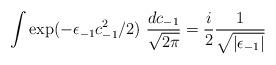
LaTeX: \begin{align*}\int \exp(- \epsilon_{-1} c_{-1}^2/2) \ {{dc_{-1}} \over {\sqrt{2 \pi}}} ={{i} \over {2}} {{1} \over {\sqrt{\vert \epsilon_{-1} \vert}}}\end{align*}